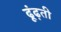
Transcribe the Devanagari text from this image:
ढूंढ़ती